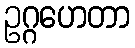
ဥဂ္ဂဟေတာ